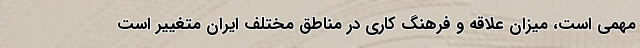
مهمی است، میزان علاقه و فرهنگ کاری در مناطق مختلف ایران متغییر است